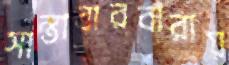
সান্তাবারবারায়